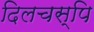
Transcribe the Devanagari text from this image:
दिलचस्पि